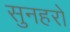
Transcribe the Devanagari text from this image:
सुनहरो